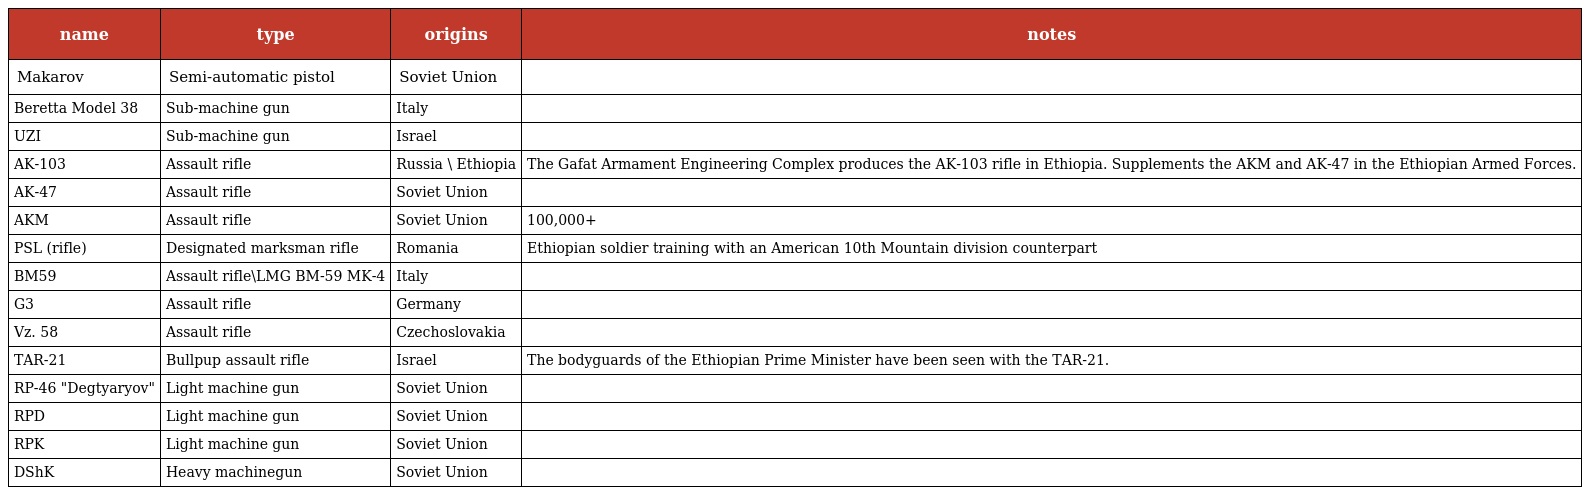
| name | type | origins | notes |
 | --- | --- | --- | --- |
 | Makarov | Semi-automatic pistol | Soviet Union |  |
 | Beretta Model 38 | Sub-machine gun | Italy |  |
 | UZI | Sub-machine gun | Israel |  |
 | AK-103 | Assault rifle | Russia \ Ethiopia | The Gafat Armament Engineering Complex produces the AK-103 rifle in Ethiopia. Supplements the AKM and AK-47 in the Ethiopian Armed Forces. |
 | AK-47 | Assault rifle | Soviet Union |  |
 | AKM | Assault rifle | Soviet Union | 100,000+ |
 | PSL (rifle) | Designated marksman rifle | Romania | Ethiopian soldier training with an American 10th Mountain division counterpart |
 | BM59 | Assault rifle\LMG BM-59 MK-4 | Italy |  |
 | G3 | Assault rifle | Germany |  |
 | Vz. 58 | Assault rifle | Czechoslovakia |  |
 | TAR-21 | Bullpup assault rifle | Israel | The bodyguards of the Ethiopian Prime Minister have been seen with the TAR-21. |
 | RP-46 "Degtyaryov" | Light machine gun | Soviet Union |  |
 | RPD | Light machine gun | Soviet Union |  |
 | RPK | Light machine gun | Soviet Union |  |
 | DShK | Heavy machinegun | Soviet Union |  |